Indian journal of veterinary science and animal husbandry - Volumes 15-17, 1948-1951
Year: 1948
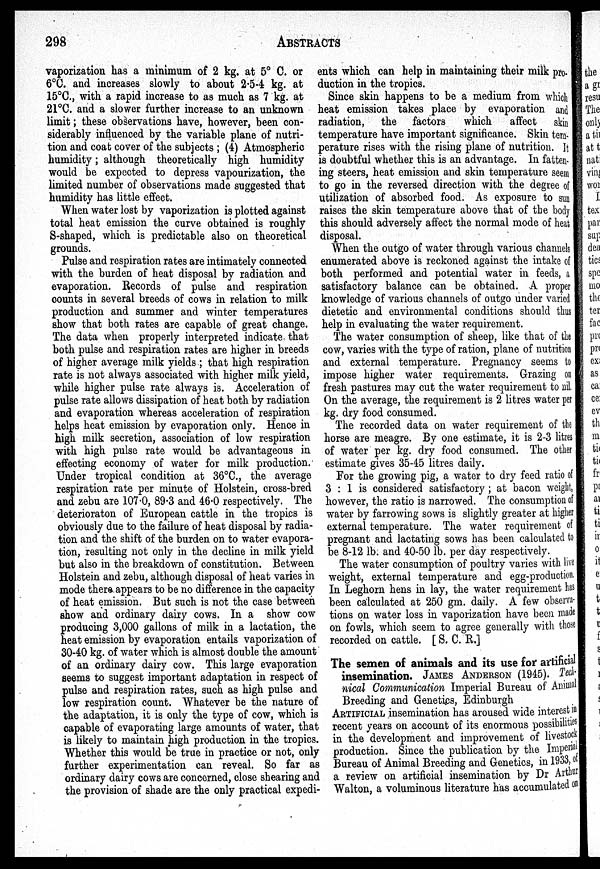
298
ABSTRACTS
vaporization has a minimum of 2 kg. at 5° C. or
6°C. and increases slowly to about 2.5-4 kg. at
15°C., with a rapid increase to as much as 7 kg. at
21°C. and a slower further increase to an unknown
limit; these observations have, however, been con-
siderably influenced by the variable plane of nutri-
tion and coat cover of the subjects ; (4) Atmospheric
humidity; although theoretically high humidity
would be expected to depress vapourization, the
limited number of observations made suggested that
humidity has little effect.
When water lost by vaporization is plotted against
total heat emission the curve obtained is roughly
S-shaped, which is predictable also on theoretical
grounds.
Pulse and respiration rates are intimately connected
with the burden of heat disposal by radiation and
evaporation. Records of pulse and respiration
counts in several breeds of cows in relation to milk
production and summer and winter temperatures
show that both rates are capable of great change.
The data when properly interpreted indicate that
both pulse and respiration rates are higher in breeds
of higher average milk yields ; that high respiration
rate is not always associated with higher milk yield,
while higher pulse rate always is. Acceleration of
pulse rate allows dissipation of heat both by radiation
and evaporation whereas acceleration of respiration
helps heat emission by evaporation only. Hence in
high milk secretion, association of low respiration
with high pulse rate would be advantageous in
effecting economy of water for milk production.
Under tropical condition at 36°C., the average
respiration rate per minute of Holstein, cross-bred
and zebu are 107.0, 89.3 and 46.0 respectively. The
deterioraton of European cattle in the tropics is
obviously due to the failure of heat disposal by radia-
tion and the shift of the burden on to water evapora-
tion, resulting not only in the decline in milk yield
but also in the breakdown of constitution. Between
Holstein and zebu, although disposal of heat varies in
mode there appears to be no difference in the capacity
of heat emission. But such is not the case between
show and ordinary dairy cows. In a show cow
producing 3,000 gallons of milk in a lactation, the
heat emission by evaporation entails vaporization of
30-40 kg. of water which is almost double the amount
of an ordinary dairy cow. This large evaporation
seems to suggest important adaptation in respect of
pulse and respiration rates, such as high pulse and
low respiration count. Whatever be the nature of
the adaptation, it is only the type of cow, which is
capable of evaporating large amounts of water, that
is likely to maintain high production in the tropics.
Whether this would be true in practice or not, only
further experimentation can reveal. So far as
ordinary dairy cows are concerned, close shearing and
the provision of shade are the only practical expedi-
ents which can help in maintaining their milk pro-
duction in the tropics.
Since skin happens to be a medium from which
heat emission takes place by evaporation and
radiation, the factors
which
affect
skin
temperature have important significance. Skin tem-
perature rises with the rising plane of nutrition. It
is doubtful whether this is an advantage. In fatten-
ing steers, heat emission and skin temperature seem
to go in the reversed direction with the degree of
utilization of absorbed food. As exposure to sun
raises the skin temperature above that of the body
this should adversely affect the normal mode of heat
disposal.
When the outgo of water through various channels
enumerated above is reckoned against the intake of
both performed and potential water in feeds, a
satisfactory balance can be obtained. A proper
knowledge of various channels of outgo under varied
dietetic and environmental conditions should thus
help in evaluating the water requirement.
The water consumption of sheep, like that of the
cow, varies with the type of ration, plane of nutrition
and external temperature. Pregnancy seems to
impose higher water requirements. Grazing on
fresh pastures may cut the water requirement to nil.
On the average, the requirement is 2 litres water per
kg. dry food consumed.
The recorded data on water requirement of the
horse are meagre. By one estimate, it is 2-3 litres
of water per kg. dry food consumed. The other
estimate gives 35-45 litres daily.
For the growing pig, a water to dry feed ratio of
3 : 1 is considered satisfactory ; at bacon weight,
however, the ratio is narrowed. The consumption of
water by farrowing sows is slightly greater at higher
external temperature. The water requirement of
pregnant and lactating sows has been calculated to
be 8-12 lb. and 40-50 lb. per day respectively.
The water consumption of poultry varies with live
weight, external temperature and egg-production.
In Leghorn hens in lay, the water requirement has
been calculated at 250 gm. daily. A few observa-
tions on water loss in vaporization have been made
on fowls, which seem to agree generally with those
recorded on cattle. [ S. C. R.]
The semen of animals and its use for artificial
insemination. JAMES ANDERSON (1945). Tech-
nical Communication Imperial Bureau of Animal
Breeding and Genetics, Edinburgh
ARTIFICIAL insemination has aroused wide interest in
recent years on account of its enormous possibilities
in the development and improvement of livestock
production. Since the publication by the Imperial
Bureau of Animal Breeding and Genetics, in 1933, of
a review on artificial insemination by Dr Arthur
Walton, a voluminous literature has accumulated on